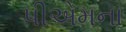
પીએમના